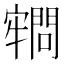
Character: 𡫡